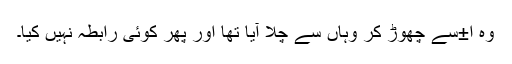
وہ ا±سے چھوڑ کر وہاں سے چلا آیا تھا اور پھر کوئی رابطہ نہیں کیا۔